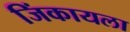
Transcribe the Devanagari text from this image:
जिंकायला